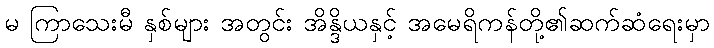
မ ကြာသေးမီ နှစ်များ အတွင်း အိန္ဒိယနှင့် အမေရိကန်တို့၏ဆက်ဆံရေးမှာ